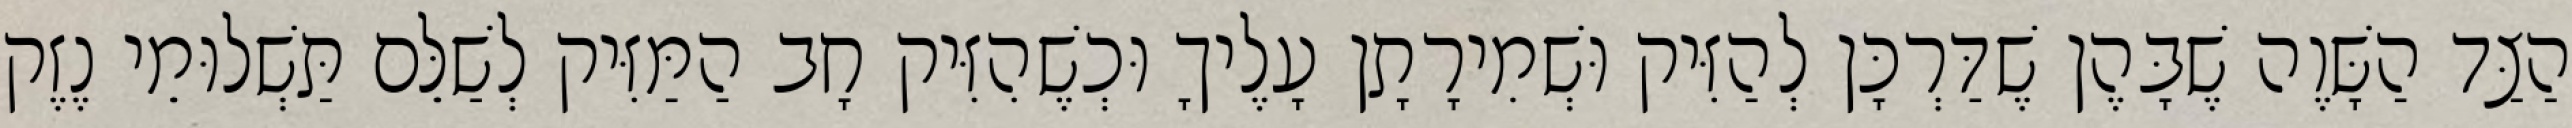
הַצַּד הַשָּׁוֶה שֶׁבָּהֶן שֶׁדַּרְכָּן לְהַזִּיק וּשְׁמִירָתָן עָלֶיךָ וּכְשֶׁהִזִּיק חָב הַמַּזִּיק לְשַׁלֵּם תַּשְׁלוּמֵי נֶזֶק